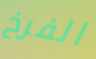
الفرخ